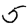
Digit: 5